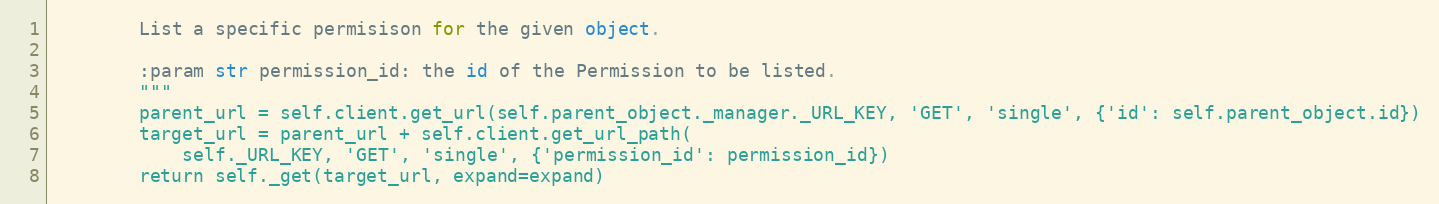
Language: Python
        List a specific permisison for the given object.

        :param str permission_id: the id of the Permission to be listed.
        """
        parent_url = self.client.get_url(self.parent_object._manager._URL_KEY, 'GET', 'single', {'id': self.parent_object.id})
        target_url = parent_url + self.client.get_url_path(
            self._URL_KEY, 'GET', 'single', {'permission_id': permission_id})
        return self._get(target_url, expand=expand)